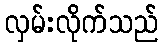
လှမ်းလိုက်သည်